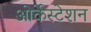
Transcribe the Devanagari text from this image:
ओर्केस्टेशन